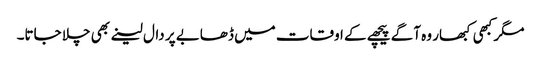
مگر کبھی کبھار وہ آگے پیچھے کے اوقات میں ڈھابے پر دال لینے بھی چلا جاتا۔